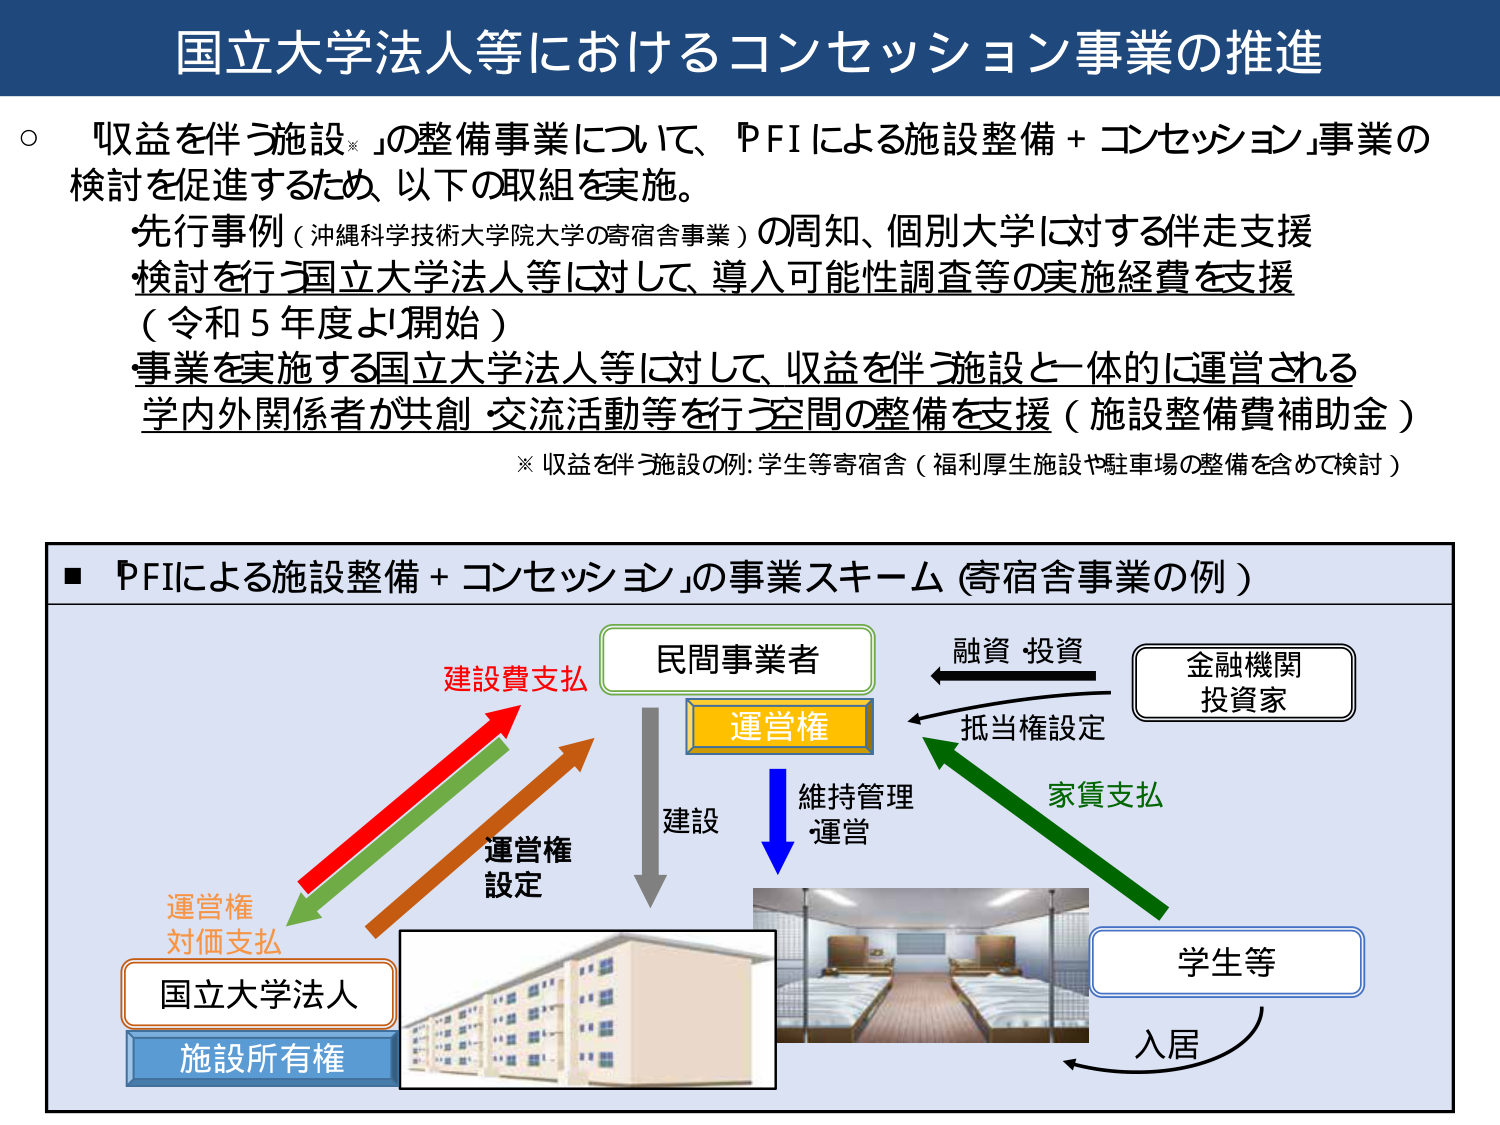
国立大学法人等におけるコンセッション事業の推進

○「収益を伴う施設※」の整備事業について、「PFIによる施設整備＋コンセッション」事業の検討を促進するため、以下の取組を実施。
・先行事例（沖縄科学技術大学院大学の寄宿舎事業）の周知、個別大学に対する伴走支援
・検討を行う国立大学法人等に対して、導入可能性調査等の実施経費を支援（令和5年度より開始）
・事業を実施する国立大学法人等に対して、収益を伴う施設と一体的に運営される学内外関係者が共創・交流活動等を行う空間の整備を支援（施設整備費補助金）

※収益を伴う施設の例：学生等寄宿舎（福利厚生施設や駐車場の整備を含めて検討）

■「PFIによる施設整備＋コンセッション」の事業スキーム（寄宿舎事業の例）

民間事業者
　　↓建設
　　↓維持管理・運営

国立大学法人
施設所有権

運営権対価支払
　　↑（緑色矢印）
　　↑（赤色矢印）建設費支払
　　↑（茶色矢印）運営権設定

金融機関
投資家
　　←融資・投資
　　←抵当権設定

学生等
　　→入居
　　→家賃支払

（図中に表示されている建物の画像と、2段ベッドのある部屋の画像）